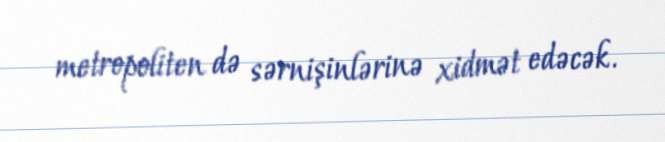
metropoliten də sərnişinlərinə xidmət edəcək.